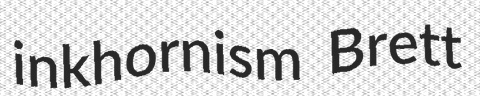
inkhornism Brett